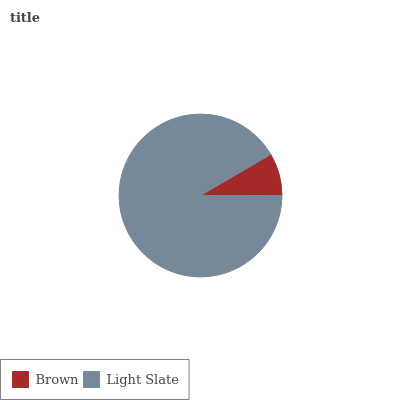
| Brown | Light Slate |
 | --- | --- |
 | 8.42% | 91.6% |